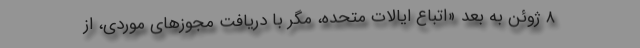
۸ ژوئن به بعد «اتباع ایالات متحده، مگر با دریافت مجوزهای موردی، از